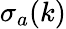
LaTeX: \sigma_{a}(k)